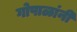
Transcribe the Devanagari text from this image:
गोपाळांनी